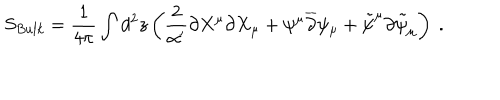
S _ { B u l k } = \frac { 1 } { 4 \pi } \int d ^ { 2 } z \left( \frac { 2 } { \alpha ^ { \prime } } \partial X ^ { \mu } \partial X _ { \mu } + \psi ^ { \mu } \overline { { { \partial } } } \psi _ { \mu } + \tilde { \psi } ^ { \mu } \partial \tilde { \psi } _ { \mu } \right) \ .